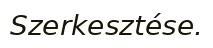
Szerkesztése.